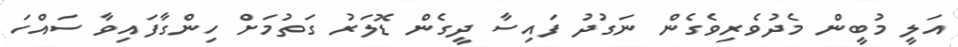
އަލީ މުބީން މެދުވެރިވެގެން ނަގުދު ފައިސާ ދީގެން ޑޮލަރު ގަތުމަށް ހިންގާފައިވާ ސައްހަ